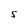
Character: 5